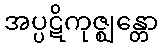
အပ္ပဋိကုဇ္ဈန္တော